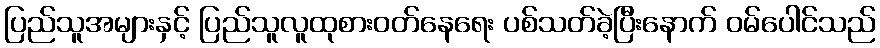
ပြည်သူအများနှင့် ပြည်သူလူထုစားဝတ်နေရေး ပစ်သတ်ခဲ့ပြီးနောက် ဝမ်ပေါင်သည်